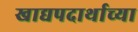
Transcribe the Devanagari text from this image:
खाद्यपदार्थाच्या